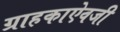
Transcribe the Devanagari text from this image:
ग्राहकाऐवजी